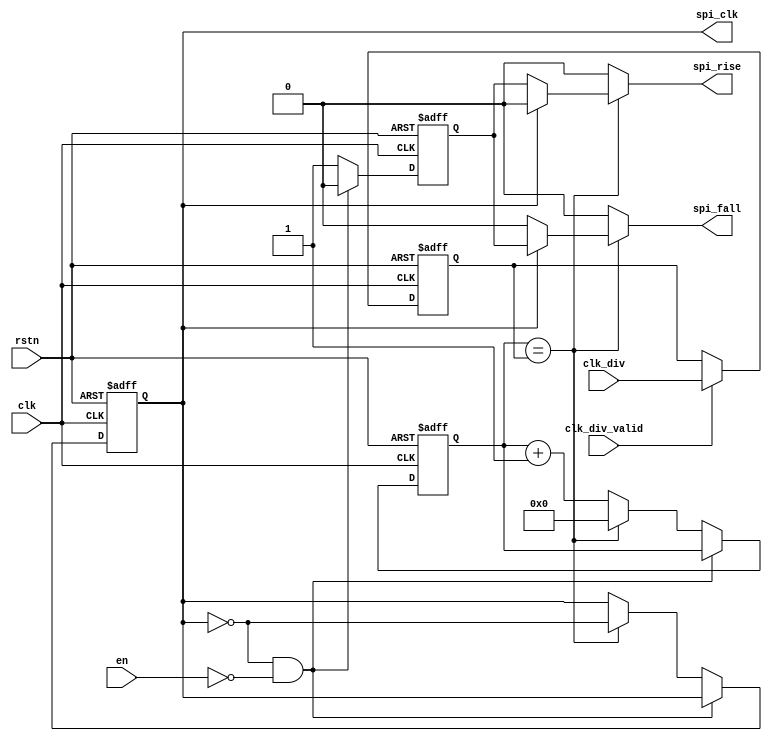
// Copyright 2017 ETH Zurich and University of Bologna.
// -- Adaptable modifications made for hbirdv2 SoC. -- 
// Copyright 2020 Nuclei System Technology, Inc.
// Copyright and related rights are licensed under the Solderpad Hardware
// License, Version 0.51 (the License); you may not use this file except in
// compliance with the License.  You may obtain a copy of the License at
// http://solderpad.org/licenses/SHL-0.51. Unless required by applicable law
// or agreed to in writing, software, hardware and materials distributed under
// this License is distributed on an AS IS BASIS, WITHOUT WARRANTIES OR
// CONDITIONS OF ANY KIND, either express or implied. See the License for the
// specific language governing permissions and limitations under the License.

module spi_master_clkgen (
    input  wire         clk,
    input  wire         rstn,
    input  wire         en,
    input  wire [7:0]   clk_div,
    input  wire         clk_div_valid,
    output reg          spi_clk,
    output reg          spi_fall,
    output reg          spi_rise
);

    reg [7:0] counter_trgt;
    reg [7:0] counter_trgt_next;
    reg [7:0] counter;
    reg [7:0] counter_next;

    reg       spi_clk_next;
    reg       running;

    always @(*) begin
        spi_rise = 1'b0;
        spi_fall = 1'b0;

        if (clk_div_valid)
            counter_trgt_next = clk_div;
        else
            counter_trgt_next = counter_trgt;

        if (counter == counter_trgt) begin
            counter_next = 0;
            spi_clk_next = ~spi_clk;

            if (spi_clk == 1'b0)
                spi_rise = running;
            else
                spi_fall = running;

	end else begin
            counter_next = counter + 1;
            spi_clk_next = spi_clk;
        end
    end

    always @(posedge clk or negedge rstn) begin
        if (rstn == 1'b0) begin
            counter_trgt <= 'h0;
            counter      <= 'h0;
            spi_clk      <= 1'b0;
            running      <= 1'b0;
	end else begin
            counter_trgt <= counter_trgt_next;

            if (!((spi_clk == 1'b0) && ~en)) begin
                running <= 1'b1;
                spi_clk <= spi_clk_next;
                counter <= counter_next;
	    end else
                running <= 1'b0;
        end
    end


endmodule